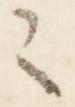
々